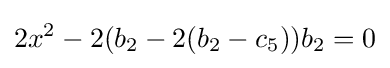
2x^{2}-2(b_{2}-2(b_{2}-c_{5}))b_{2}=0